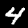
Digit: 4